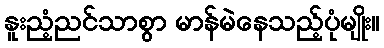
နူးညံ့ညင်သာစွာ မာန်မဲနေသည့်ပုံမျိုး။